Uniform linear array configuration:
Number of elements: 8
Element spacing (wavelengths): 0.5
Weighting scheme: hann
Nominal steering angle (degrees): -15
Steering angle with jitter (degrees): -15.356
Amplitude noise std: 0.05
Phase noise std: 0.05

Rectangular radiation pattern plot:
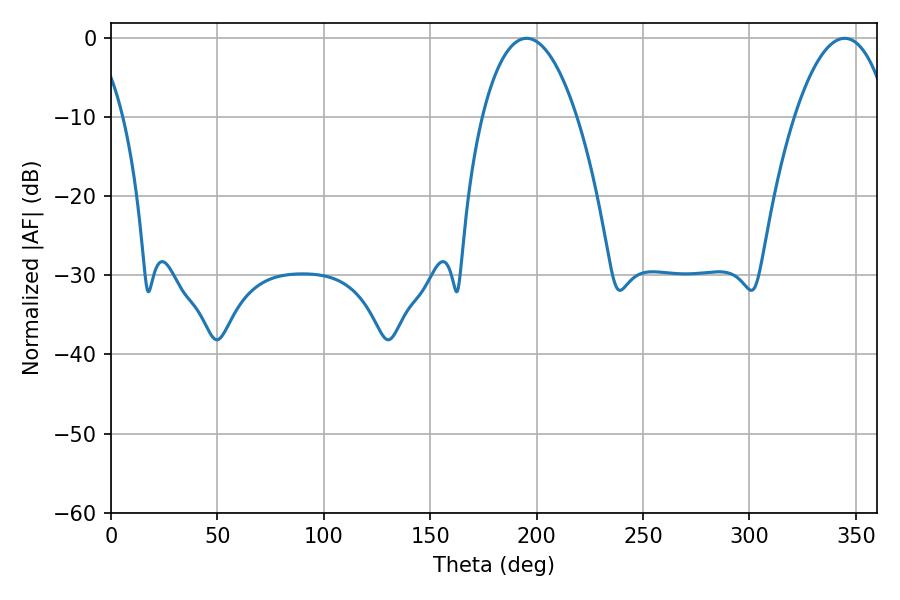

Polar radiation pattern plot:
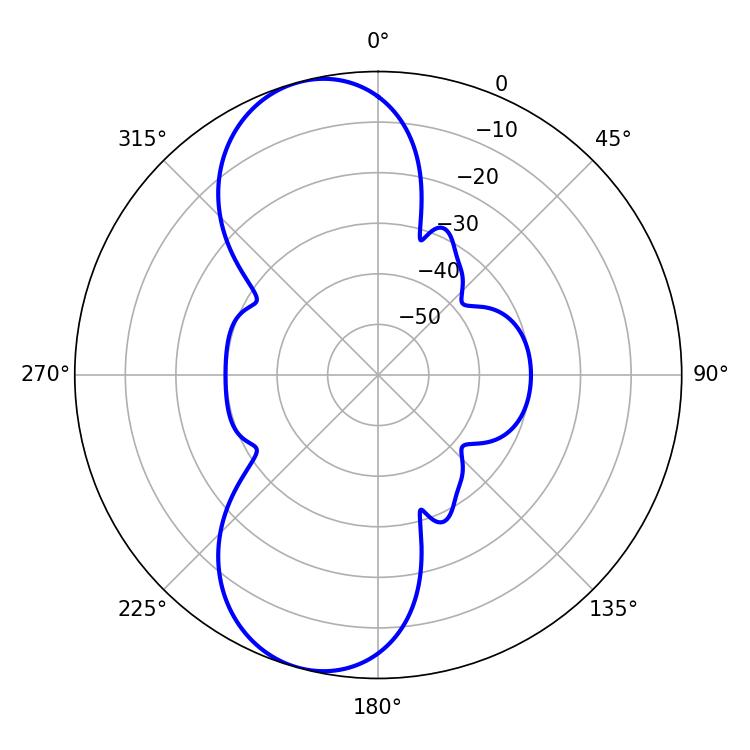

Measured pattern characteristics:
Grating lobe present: FALSE
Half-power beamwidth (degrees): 24.84
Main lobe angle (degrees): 195.3